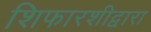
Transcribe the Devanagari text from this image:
शिफारशीद्वारा